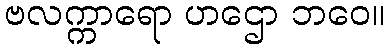
ဗလက္ကာရော ဟဌော ဘဝေ။